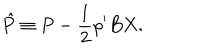
\hat { P } \equiv P - \frac { 1 } { 2 } \rho ^ { \prime } B X .